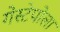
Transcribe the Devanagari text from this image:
गेस्टेपोला